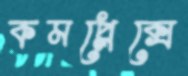
কমপ্লেক্সে